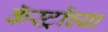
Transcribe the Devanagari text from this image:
कॅस्ट्रोंच्या